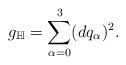
LaTeX: \begin{align*} g_\mathbb{H}=\sum_{\alpha=0}^3(dq_\alpha)^2.\end{align*}